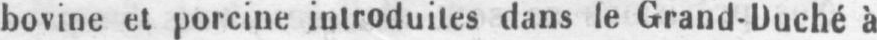
bovine et porcine introduites dans le Grand-Duché à